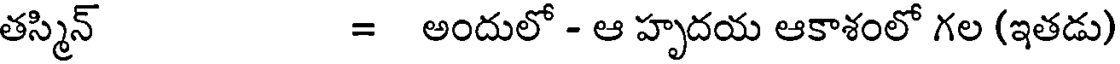
తస్మిన్ = అందులో - ఆ హృదయ ఆకాశంలో గల (ఇతడు)